Vaccination in Bombay 1902-1912 - 1902-1912
Year: 1902
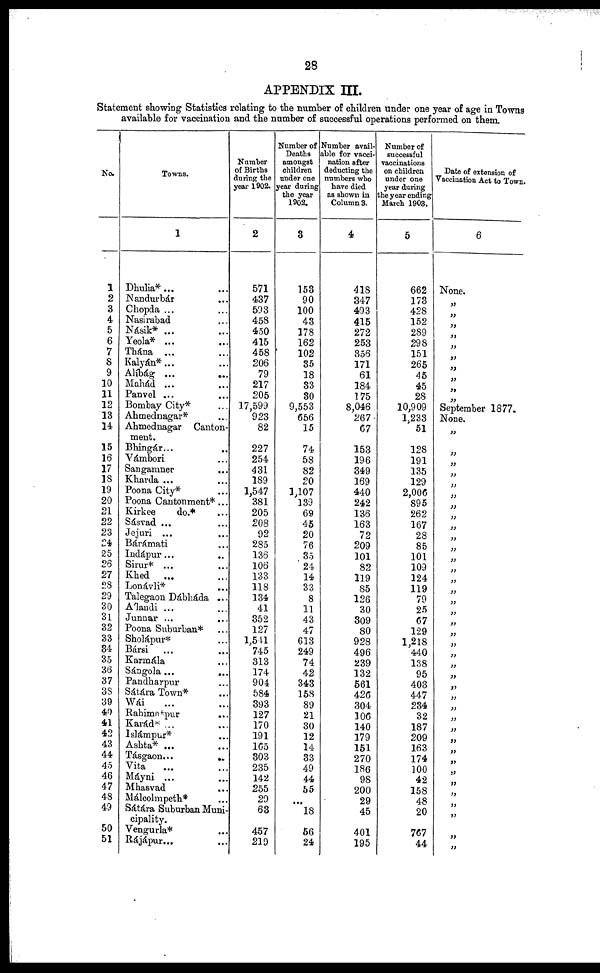
28
APPENDIX III.
Statement showing Statistics relating to the number of children under one year of age in Towns
available for vaccination and the number of successful operations performed on them.
No.
1
2
3
4
5
6
7
8
9
10
11
12
13
14
15
16
17
18
19
20
21
22
23
24
25
26
27
28
29
30
31
32
33
34
35
36
37
38
39
40
41
42
43
44
45
46
47
48
49
50
51
Towns.
1
Dhulia* ... ...
Nandurbár ...
Chopda ... ...
Nasirabad ...
Násik* ... ...
Yeola* ... ...
Thána ... ...
Kalyán*... ...
Alíbág ...
...
Mahád ... ...
Panvel ... ...
Bombay City* ...
Ahmednagar* ...
Ahmednagar Canton-
ment.
Bhingár... ...
Vámbori ...
Sangamner
...
Kharda ... ...
Poona City* ...
Poona Cantonment* ...
Kirkee
do.* ...
Sásvad ... ...
Jejuri ... ...
Bárámati ...
Indápur... ...
Sirur* ... ...
Khed ... ...
Lonávli* ...
Talegaon Dábháda ...
A'landi ... ...
Junnar ...
...
Poona Suburban* ...
Sholápur* ...
Bársi ... ...
Karmála ...
Sángola ... ...
Pandharpur ...
Sátára Town* ...
Wái ... ...
Rahimatpur
...
Karád* ... ...
Islámpur* ...
Ashta* ...
Tásgaon ...
...
Vita ... ...
Máyni ... ...
Mhasvad ...
Málcolmpeth* ...
Sátára Suburban Muni-
cipality.
Vengurla* ...
Rájápur... ...
Number
of Births
during the
year 1902.
2
571
437
593
458
450
415
458
206
79
217
205
17,599
923
82
227
254
431
189
1,547
381
205
208
92
285
136
106
133
118
134
41
352
127
1,541
745
313
174
904
584
393
127
170
191
165
303
235
142
255
29
63
457
219
Number of
Deaths
amongst
children
under one
year during
the year
1902.
3
153
90
100
43
178
162
102
35
18
33
30
9,553
656
15
74
58
82
20
1,107
139
69
45
20
76
35
24
14
33
8
11
43
47
613
249
74
42
343
158
89
21
30
12
14
33
49
44
55
...
18
56
24
Number avail-
ble for vacci-
nation after
deducting the
numbers who
have died
as shown in
Column 3.
4
418
347
493
415
272
253
356
171
61
184
175
8,046
267
67
153
196
349
169
440
242
136
163
72
209
101
82
119
85
126
30
309
80
928
496
239
132
561
426
304
106
140
179
151
270
186
98
200
29
45
401
195
Number of
successful
vaccinations
on children
under one
year during
the year ending
March 1903.
5
662
173
428
152
289
298
151
265
45
45
28
10,909
1,233
51
128
191
135
129
2,006
895
262
167
28
85
101
109
124
119
79
25
67
129
1,218
440
138
95
403
447
234
32
187
209
163
174
100
42
158
48
20
767
44
Date of extension of
Vaccination Act to Town.
6
None.
„
„
„
„
„
„
„
„
„
„
September 1877.
None.
„
„
„
„
„
„
„
„
„
„
„
„
„
„
„
„
„
„
„
„
„
„
„
„
„
„
„
„
„
„
„
„
„
„
„
„
„
„